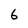
Character: 6